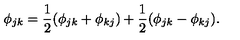
\phi _ { j k } = { \frac { 1 } { 2 } } ( \phi _ { j k } + \phi _ { k j } ) + { \frac { 1 } { 2 } } ( \phi _ { j k } - \phi _ { k j } ) .